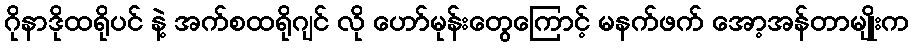
ဂိုနာဒိုထရိုပင် နဲ့ အက်စထရိုဂျင် လို ဟော်မုန်းတွေကြောင့် မနက်ဖက် အော့အန်တာမျိုးက